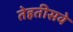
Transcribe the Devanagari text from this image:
तेहतीसवे